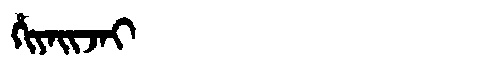
Manchu: ᡥᡳᠶᠠᡳᠵᠠᡳ
Romanization: HIYAIJAI